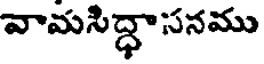
వామసిద్ధాసనము